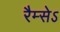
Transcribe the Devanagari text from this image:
रैम्सेऽ